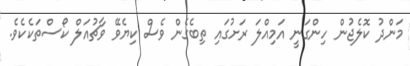
މަންދު ކޮލެޖުން ހިންގަނީ އަމިއްލަ ރަށުގައި ތިބެގެން ވެސް ކިޔެވޭ ވާޗުއަލް ކޯސްތަކެކެވެ.